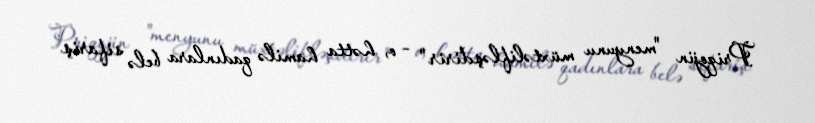
Priqojin "menyunu müxtəlifləşdirir" - o, hətta hamilə qadınlara belə sifariş